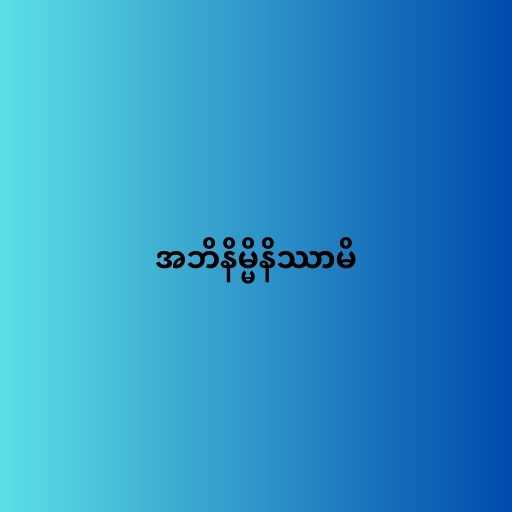
အဘိနိမ္မိနိဿာမိ